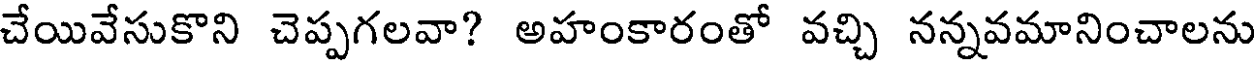
చేయివేసుకొని చెప్పగలవా? అహంకారంతో వచ్చి నన్నవమానించాలను